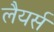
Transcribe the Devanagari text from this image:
लैयर्स